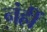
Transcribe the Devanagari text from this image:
नंहीं